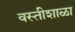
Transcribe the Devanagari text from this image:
वस्तीशाळा